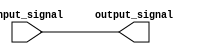
module assign_statement (
    input wire input_signal,
    output reg output_signal
);

// Assign statement to directly assign input signal to output signal
assign output_signal = input_signal;

endmodule